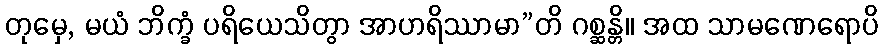
တုမှေ, မယံ ဘိက္ခံ ပရိယေသိတွာ အာဟရိဿာမာ”တိ ဂစ္ဆန္တိ။ အထ သာမဏေရောပိ